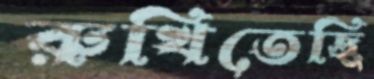
রুখিতেছি